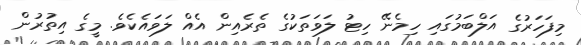
މިފަހަރުގެ އަލްބަމުގައި ހިމެނޭ ހިޓު ލަވަތަކުގެ ތެރެއިން އެއް ލަވައެކެވެ. މީގެ އިތުރުން